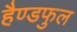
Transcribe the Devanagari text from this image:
हैण्डफुल